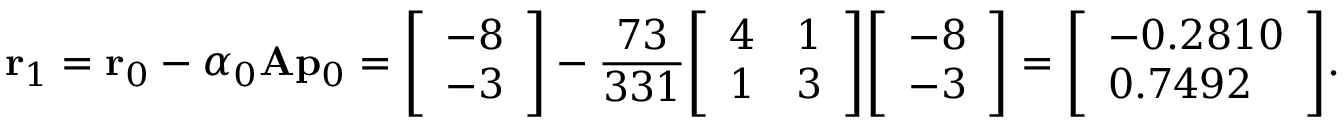
\mathbf { r } _ { 1 } = \mathbf { r } _ { 0 } - \alpha _ { 0 } \mathbf { A } \mathbf { p } _ { 0 } = { \left[ \begin{array} { l } { - 8 } \\ { - 3 } \end{array} \right] } - { \frac { 7 3 } { 3 3 1 } } { \left[ \begin{array} { l l } { 4 } & { 1 } \\ { 1 } & { 3 } \end{array} \right] } { \left[ \begin{array} { l } { - 8 } \\ { - 3 } \end{array} \right] } = { \left[ \begin{array} { l } { - 0 . 2 8 1 0 } \\ { 0 . 7 4 9 2 } \end{array} \right] } .